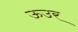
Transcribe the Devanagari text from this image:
ऊउर